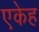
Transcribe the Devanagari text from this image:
एकेह